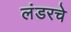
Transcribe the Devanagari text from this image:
लंडरचे